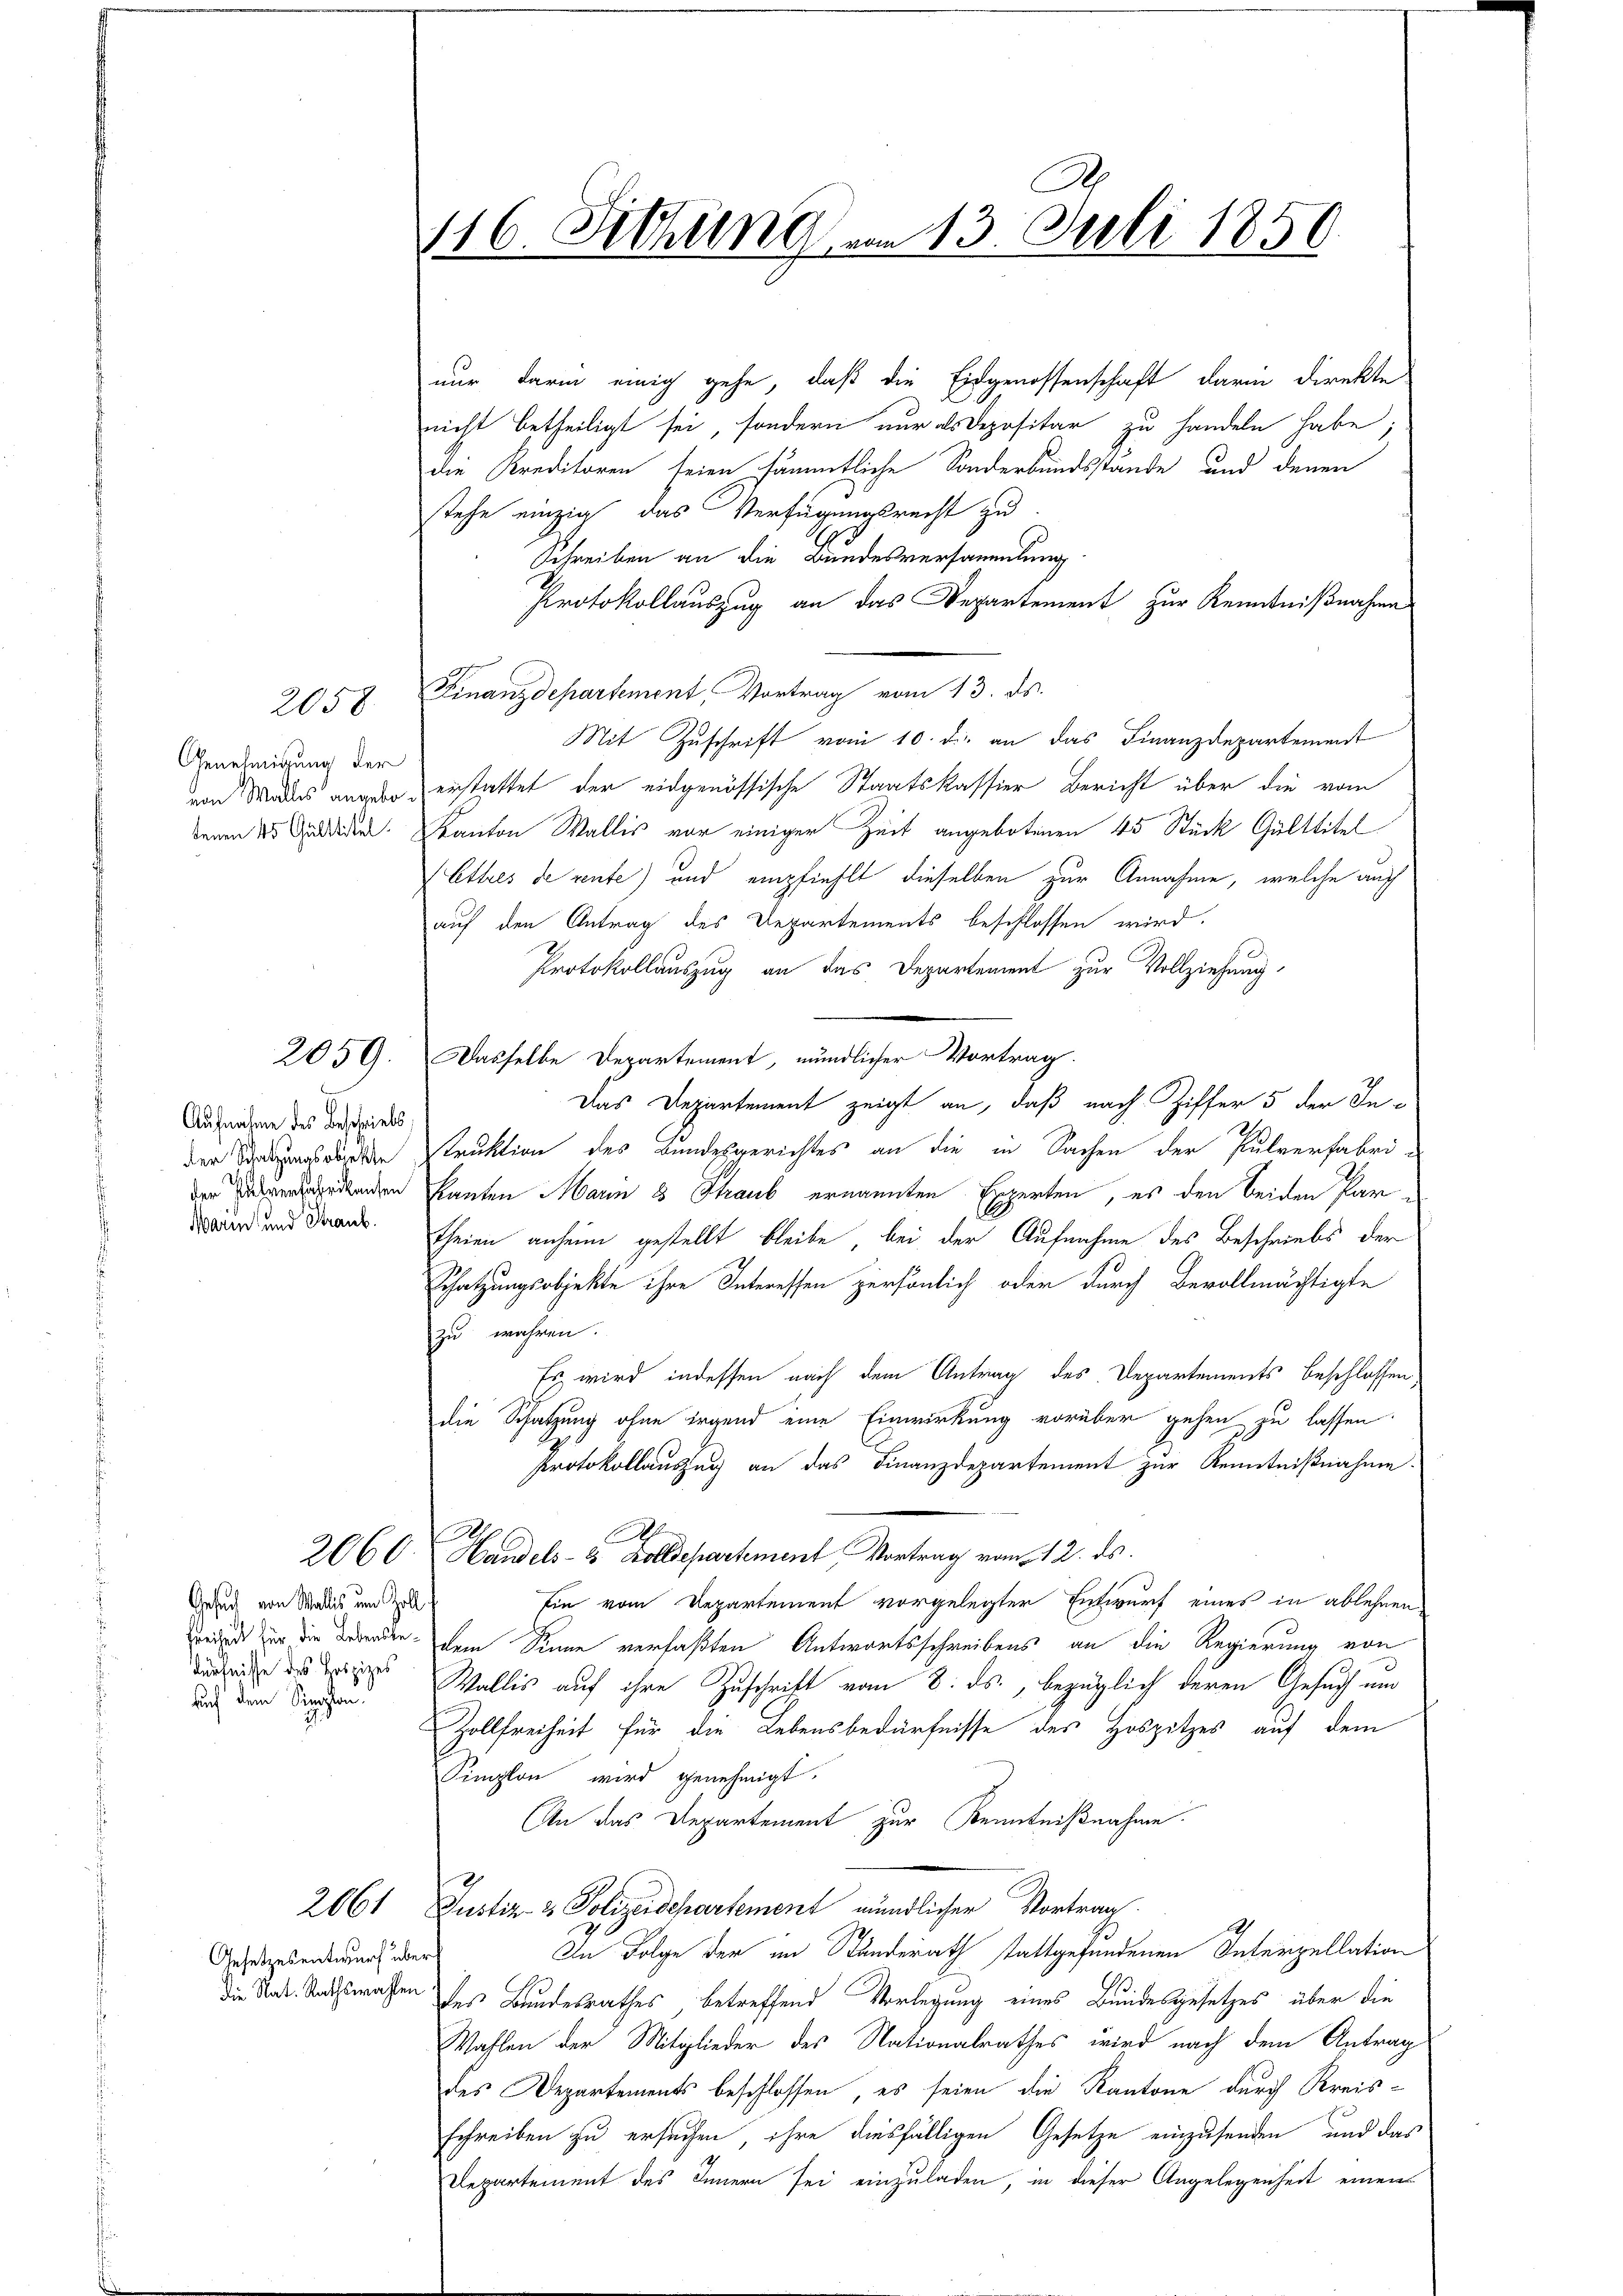
2058.

Genehmigung der
tenen 45 Gulttitel.

2059.

Aufnahme des Beschriebs
Marin und Straub.

Gesuch von Wallis um Zoll
dürfnisse des Loszizes
such dem Sichen

Gesetzesentwurf über

2

nur darin einig gehe, daß die Eidgenossenschaft darin direkte
nicht betheiligt sei, sondern nur als Depositar zu handeln habe;
die Kreditoren seien sämmtliche Sonderbundsstande und denen
stehe einzig das Verfügungsrecht zu
Schreiben an die Bundesversammlung
Protokollauszug an das Departement zur Kenntnißnahme
Finanzdepartement, Vortrag vom 13. ds.
Mit Zuschrift vom 10. d. an das Finanzdepartement
von Mades ange erstattet der eidgenössische Staatskassier Bericht über die vom
Kanton Wallis vor einiger Zeit angebotenen 45 Stück Gülttitel
Ettres de rente) und empfiehlt dieselben zur Annahme, welche auch
auf den Antrag des Departements beschlossen wird.
Protokollauszug an das Departement zur Vollziehung,
Dasselbe Departement, mündlicher Vortrag.
Das Departement zeigt an, daß nach Ziffer 5 der Inder Stunden Struktion des Bundesgerichtes an die in Sachen der Pulverfabri-
erdenden kanten Marin 8 Straub ernannten Experten, es den beiden Partheien anheim gestellt bleibe, bei der Aufnahme des Beschriebs der
Schatzungsobjekte ihre Interessen persönlich oder durch Bevollmächtigte
zu wahren.
Es wird indessen nach dem Antrag des Departements beschlossen
die Schatzung ohne irgend eine Einwirkung vorüber gehen zu lassen.
Protokollauszug an das Finanzdepartement zur Kenntnißnahme
1
A
2060. Handels- & Zolldepartement Vortrag vom 12. ds.
Ein vom Departement vorgelegter Entwurf eines in ablehnen
redet zu die Bewenden dem Sinne verfaßten Antwortsschreibens an die Regierung von
Wallis auf ihre Zuschrift vom 8. ds., bezüglich deren Gesuch und
Zollfreiheit für die Lebensbedürfnisse des Hospitzes auf dem
Pimplon wird genehmigt.
An das Departement zur Kenntnißnahme.
Justiz- & Polizeidepartement mündlicher Vortrag.
In Folge der im Standerath stattgefundenen Interpellation
die Stadt-Andswahlen des Bundesrathes, betreffend Vorlegung eines Bundesgesetzes über die
Wahlen der Mitglieder des Nationalrathes wird nach dem Antrag
des Departements beschlossen, es seien die Kantone durch Kreisschreiben zu ersuchen, ihre diesfälligen Gesetze einzusenden, und das
Departement des Innern sei einzuladen, in dieser Angelegenheit einen

116. Sitzung am 13. Juli 1850.